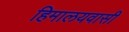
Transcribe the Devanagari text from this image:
हिमालयवासी